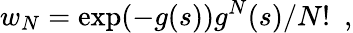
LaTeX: w_{N}=\exp(-g(s))g^{N}(s)/{N!}\ \ ,